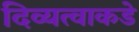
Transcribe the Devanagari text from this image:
दिव्यत्वाकडे